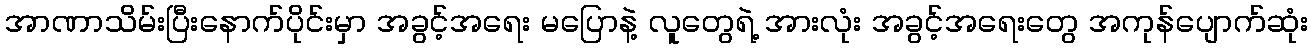
အာဏာသိမ်းပြီးနောက်ပိုင်းမှာ အခွင့်အရေး မပြောနဲ့ လူတွေရဲ့ အားလုံး အခွင့်အရေးတွေ အကုန်ပျောက်ဆုံး